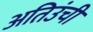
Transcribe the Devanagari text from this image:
अतिउंची